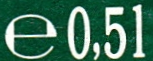
e0,51